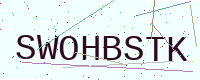
Text: SWOHBSTK